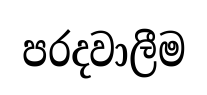
පරදවාලීම